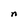
Character: n